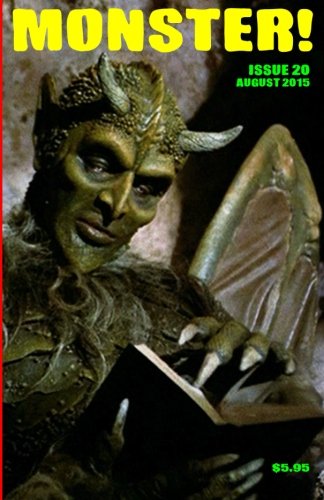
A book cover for Monster! #20: August 2015; Tim Paxton; Arts & Photography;